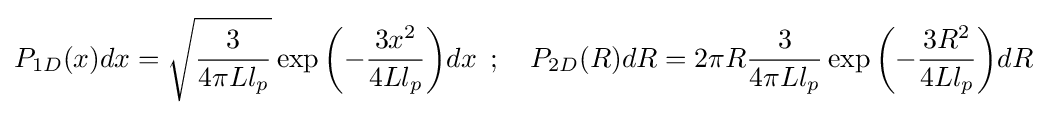
P_{1D}(x)dx={\sqrt {\frac {3}{4{\pi }Ll_{p}}}}\exp {\left(-{\frac {3x^{2}}{4Ll_{p}}}\right)}dx\,\,\,;\,\,\,\,\,\,P_{2D}(R)dR=2{\pi }R{\frac {3}{4{\pi }Ll_{p}}}\exp {\left(-{\frac {3R^{2}}{4Ll_{p}}}\right)}dR